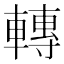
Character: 轉